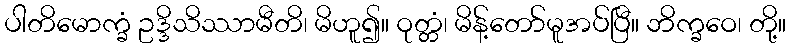
ပါတိမောက္ခံ ဥဒ္ဒိသိဿာမီတိ၊ မိဟူ၍။ ဝုတ္တံ၊ မိန့်တော်မူအပ်ပြီ။ ဘိက္ခဝေ၊ တို့။